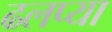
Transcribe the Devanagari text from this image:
ढलप्या